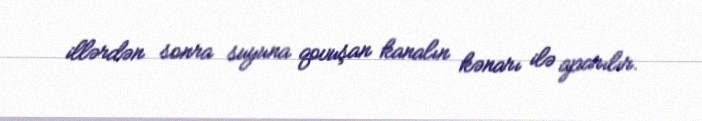
illərdən sonra suyuna qovuşan kanalın kənarı ilə aparılır.